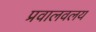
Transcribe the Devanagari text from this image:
प्रवालवलय